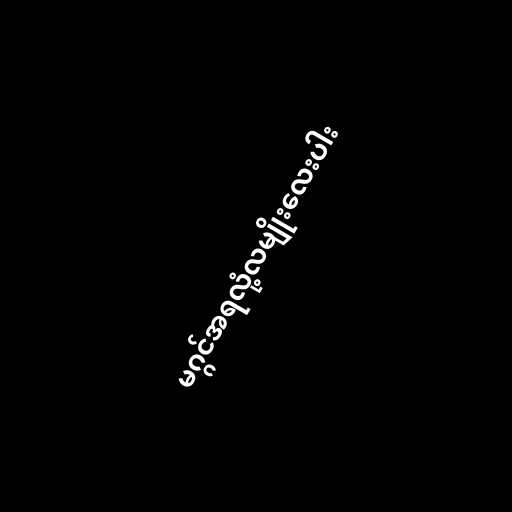
မဂ္ဂင်အရလုံ့လမျိုးလေးပါး